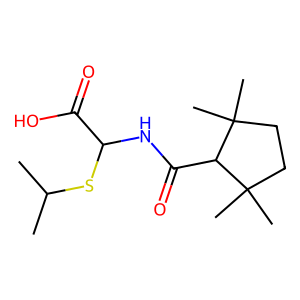
SMILES: CC(C)SC(NC(=O)C1C(C)(C)CCC1(C)C)C(=O)O
Inhibits HIV replication: No